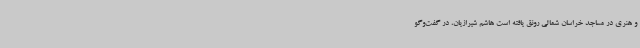
و هنری در مساجد خراسان شمالی رونق یافته است هاشم شیرازیان، در گفت‌وگو